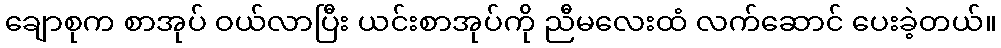
ချောစုက စာအုပ် ဝယ်လာပြီး ယင်းစာအုပ်ကို ညီမလေးထံ လက်ဆောင် ပေးခဲ့တယ်။